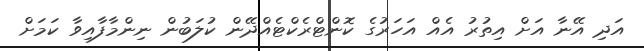
އަދި އޭނާ އަށް އިތުރު އެއް އަހަރުގެ ކޮންޓްރެކްޓެއްދޭން ކުލަބުން ނިންމާފާއިވާ ކަމަށް